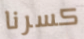
كسرنا